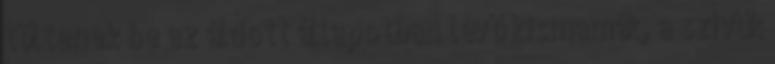
töltenek be az áldott állapotban lévő kismamák, a szívük